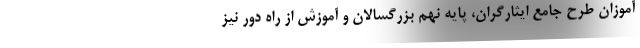
آموزان طرح جامع ایثارگران، پایه نهم بزرگسالان و آموزش از راه دور نیز